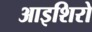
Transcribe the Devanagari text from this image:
आइशिरो